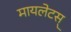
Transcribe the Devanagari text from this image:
मायलेटस्